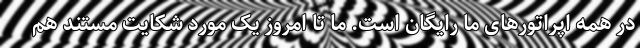
در همه اپراتورهای ما رایگان است. ما تا امروز یک مورد شکایت مستند هم